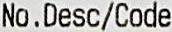
NO.DESC/CODE